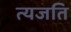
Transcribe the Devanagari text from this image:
त्यजति